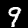
Digit: 9